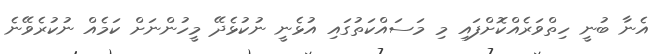
އެނާ ބުނީ ހިތްވަރެއްކޮށްފައި މި މަސައްކަތުގައި އުޅެނީ ނުކުޅެދޭ މީހުންނަށް ކަމެއް ނުކުރެވޭނެ